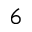
_ 6